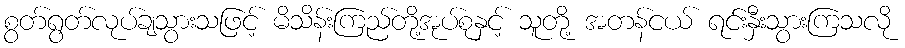
စွတ်ရွတ်လုပ်ချသွားသဖြင့် မိသိန်းကြည်တို့အုပ်စုနှင့် သူတို့ အတန်ငယ် ရင်းနှီးသွားကြသလို